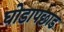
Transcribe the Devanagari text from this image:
घोडापछाड